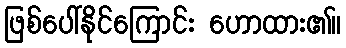
ဖြစ်ပေါ်နိုင်ကြောင်း ဟောထား၏။